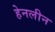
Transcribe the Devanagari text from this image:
हेनलीन